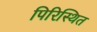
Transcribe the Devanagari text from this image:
पिरिस्थित